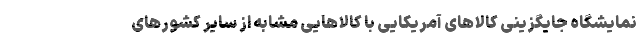
نمایشگاه جایگزینی کالاهای آمریکایی با کالاهایی مشابه از سایر کشورهای